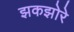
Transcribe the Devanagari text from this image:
झकझोरे